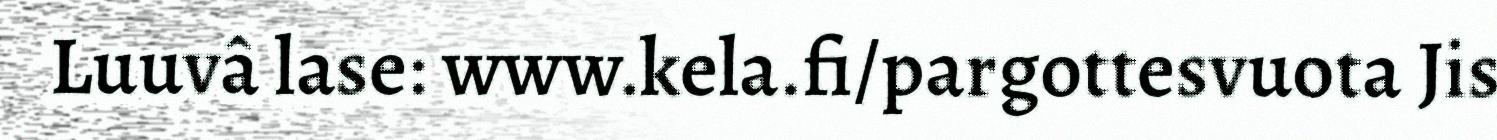
Luuvâ lase: www.kela.fi/pargottesvuota Jis